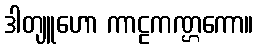
ဒါတျူဟော ကာဠကဏ္ဌကော။